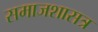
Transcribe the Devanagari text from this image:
समाजशासत्र